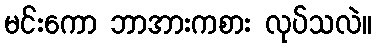
မင်းကော ဘာအားကစား လုပ်သလဲ။